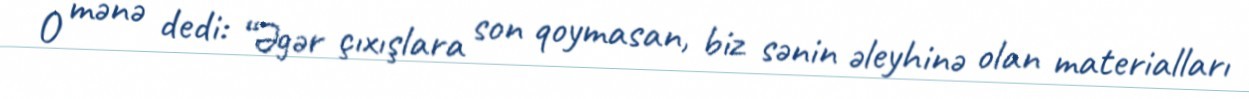
O mənə dedi: “Əgər çıxışlara son qoymasan, biz sənin əleyhinə olan materialları